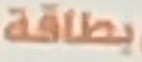
بطاقة